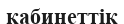
кабинеттік